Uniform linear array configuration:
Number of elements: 48
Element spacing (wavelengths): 0.75
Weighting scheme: uniform
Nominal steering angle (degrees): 30
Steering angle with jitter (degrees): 28.446
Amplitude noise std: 0.05
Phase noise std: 0.05

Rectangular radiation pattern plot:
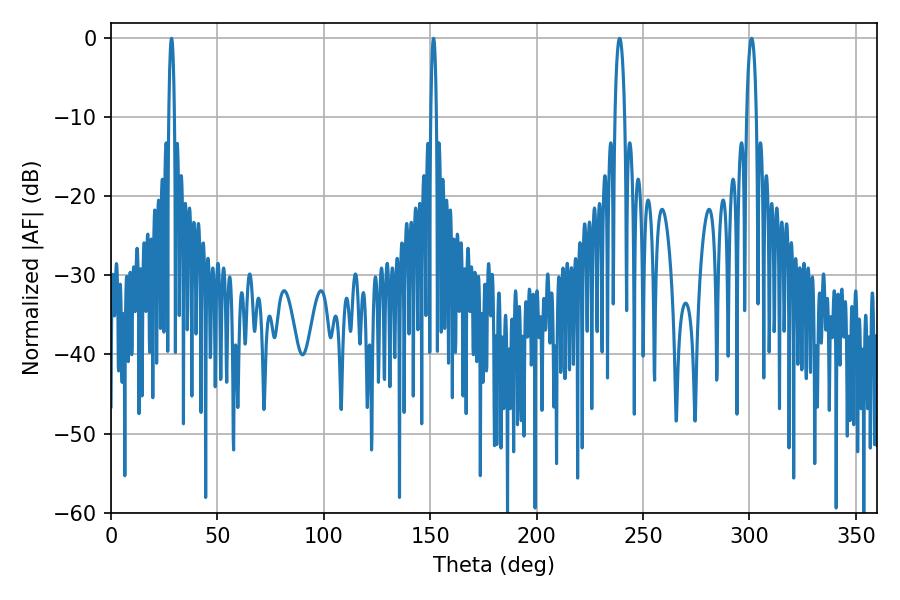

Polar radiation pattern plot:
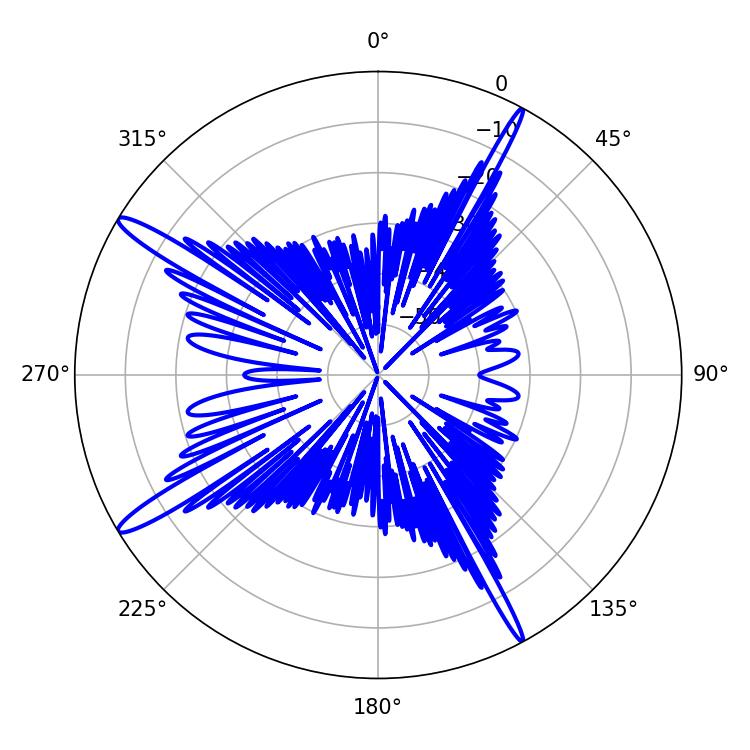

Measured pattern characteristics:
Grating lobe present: TRUE
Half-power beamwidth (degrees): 1.44
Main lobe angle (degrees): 28.44